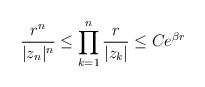
\begin{align*}\frac{r^n}{|z_n|^n}\leq \prod^{n}_{k=1}\frac{r}{|z_k|} \leq C e^{\beta r}\end{align*}